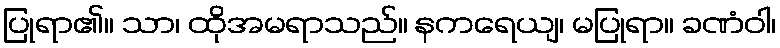
ပြုရာ၏။ သာ၊ ထိုအမရာသည်။ နကရေယျ၊ မပြုရာ။ ခဏံဝါ၊